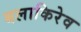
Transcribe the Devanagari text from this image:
बलाकिरेव